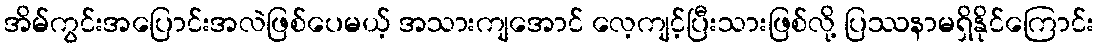
အိမ်ကွင်းအပြောင်းအလဲဖြစ်ပေမယ့် အသားကျအောင် လေ့ကျင့်ပြီးသားဖြစ်လို့ ပြဿနာမရှိနိုင်ကြောင်း